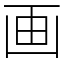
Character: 画